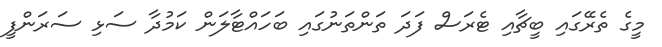
މީގެ ތެރޭގައި ބީޗާއި ޓެރަސް ފަދަ ތަންތަނުގައި ބަހައްޓާލަން ކަމުދާ ސަޅި ސަރަންފީ